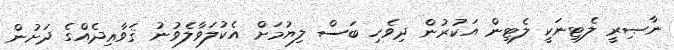
ނާޞިރީ ލެޓިނަކީ ލެޓިން އަކުރުން ދިވެހި ބަސް ލިޔުމަށް އެކުލަވާލެވުނު ޤަވާޢިދެއްގެ ދަށުން